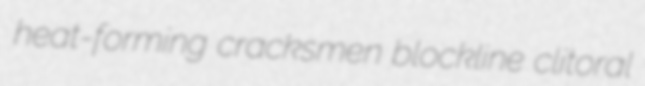
heat-forming cracksmen blockline clitoral